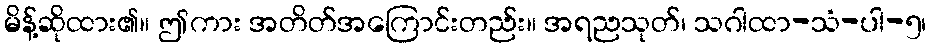
မိန့်ဆိုထား၏။ ဤကား အတိတ်အကြောင်းတည်း။ အရညသုတ်၊ သဂါထာ-သံ-ပါ-၅၊